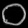
Digit: ၀